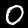
Label: 0